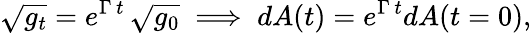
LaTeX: \sqrt{g_{t}}=e^{\Gamma\, t}\, \sqrt{g_{0}}\implies dA(t)=e^{\Gamma\, t}dA(t=0),